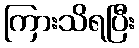
ကြားသိရပြီး